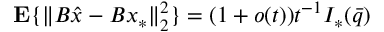
{ \mathbf { E } } \{ \| B \widehat { x } - B x _ { * } \| _ { 2 } ^ { 2 } \} = ( 1 + o ( t ) ) t ^ { - 1 } { \cal I } _ { * } ( \bar { q } )